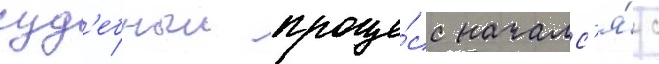
суд'ебныи проце́сс началс'я́ с